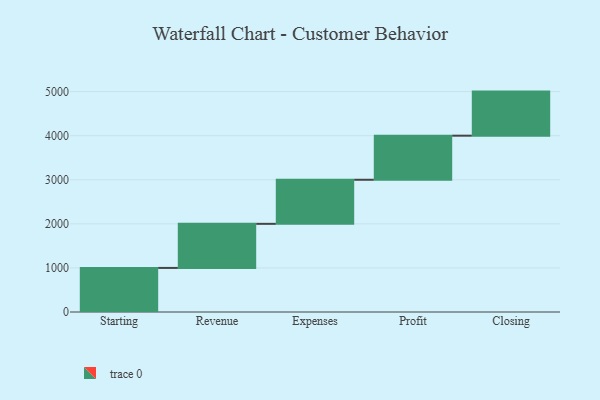
{"axis": {"x": "Step", "y": "Value"}, "legend": [""], "data": [{"x": "Starting", "y": 1000, "type": ""}, {"x": "Revenue", "y": 1000, "type": ""}, {"x": "Expenses", "y": 1000, "type": ""}, {"x": "Profit", "y": 1000, "type": ""}, {"x": "Closing", "y": 1000, "type": ""}]}